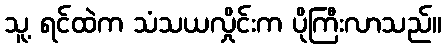
သူ့ ရင်ထဲက သံသယလှိုင်းက ပိုကြီးလာသည်။